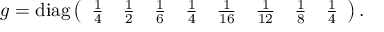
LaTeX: g = \mathrm { d i a g } \left( \begin{array} { c c c c c c c c } { { \frac 1 4 } } & { { \frac 1 2 } } & { { \frac 1 6 } } & { { \frac 1 4 } } & { { \frac 1 { 1 6 } } } & { { \frac 1 { 1 2 } } } & { { \frac 1 { 8 } } } & { { \frac 1 4 } } \end{array} \right) .